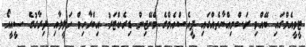
ޓީވީއެމްގައި ބޭއްވި ރަސްމިއްޔާތެއްގައި ޕީއެސްއެމްގެ މެނޭޖިން ޑިރެކްޓަރު އިބްރާހިމް ހަލީލާއި ދިރާގުގެ ސީއީއޯ